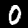
Digit: 0